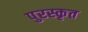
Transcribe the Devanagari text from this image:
पुरस्‍कृत